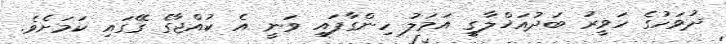
ދުވަހުގެ ހަވީރު ބަދުއަޚްލާގީ އަމަލު ހިންގާފައި ވަނީ އެ ކުއްޖާގެ ގޭގައި ކަމަށެވެ.